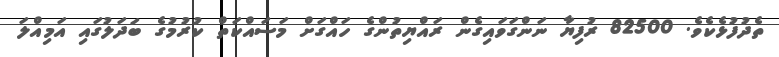
ތެދުފުޅެކެވެ. 82500 ރުފިޔާ ނަންގަވައިގެން ރައްޔިތުންގެ ހައްގަށް މަސައްކަތް ކުރުމުގެ ބަދަލުގައި އަމިއްލަ